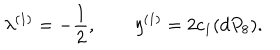
\lambda ^ { ( 1 ) } = - \frac { 1 } { 2 } , \qquad \eta ^ { ( 1 ) } = 2 c _ { 1 } ( d P _ { 8 } ) .